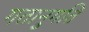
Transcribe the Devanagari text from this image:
गतानुगति